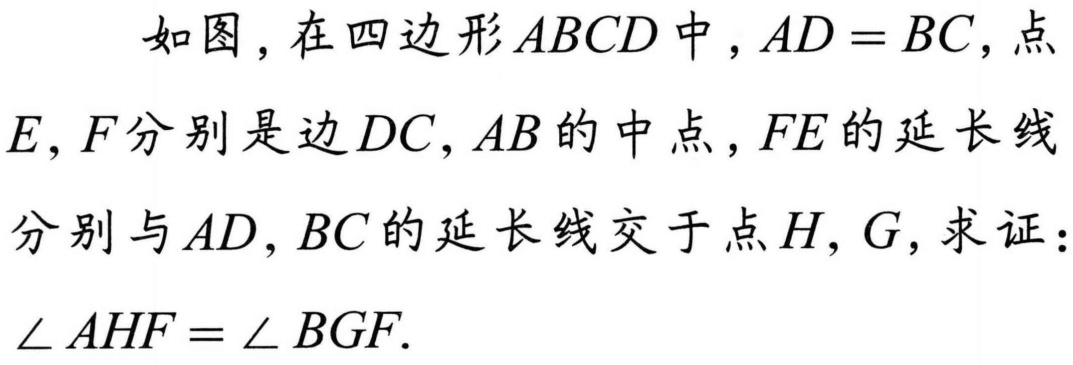
如图，在四边形\(ABCD\)中，\(AD = BC\)，点\(E,F\)分别是边\(DC,AB\)的中点，\(FE\)的延长线分别与\(AD,BC\)的延长线交于点\(H,G\)，求证：\(\angle AHF=\angle BGF\).